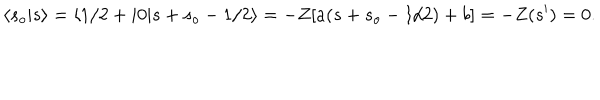
\langle s _ { o } \vert s \rangle = \langle 1 / 2 + i 0 \vert s + s _ { o } - 1 / 2 \rangle = - Z [ a ( s + s _ { o } - 1 / 2 ) + b ] = - Z ( s ^ { \prime } ) = 0 .